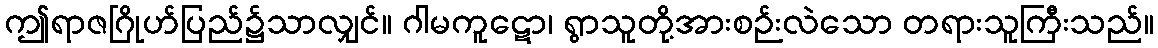
ဤရာဇဂြိုဟ်ပြည်၌သာလျှင်။ ဂါမကူဋော၊ ရွာသူတို့အားစဉ်းလဲသော တရားသူကြီးသည်။